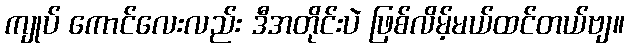
ကျုပ် ကောင်လေးလည်း ဒီအတိုင်းပဲ ဖြစ်လိမ့်မယ်ထင်တယ်ဗျ။